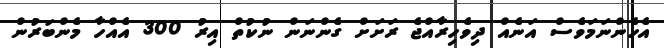
އެހެންނަމަވެސް އަނެއް ދިވެހިރާއްޖެ ރަށަށް ގެންނަން ނުކުތް އިރު 300 އެއްހާ މެންބަރުން